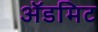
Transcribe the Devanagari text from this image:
ॲडमिट